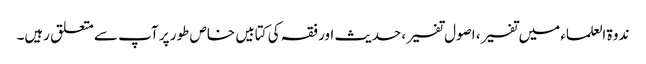
ندوۃ العلماء میں تفسیر، اصول تفسیر، حدیث اور فقہ کی کتابیں خاص طور پر آپ سے متعلق رہیں۔